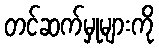
တင်ဆက်မှုများကို